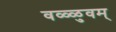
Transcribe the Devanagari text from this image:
वळ्ळुवम्